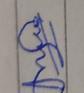
Signature authenticity: genuine